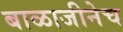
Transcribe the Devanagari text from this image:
बाळाजीनेच